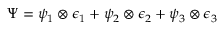
\Psi = \psi _ { 1 } \otimes \epsilon _ { 1 } + \psi _ { 2 } \otimes \epsilon _ { 2 } + \psi _ { 3 } \otimes \epsilon _ { 3 }